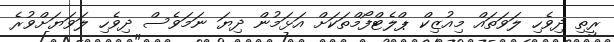
ރީތި ދިވެހި ލަވަތައް މިއުޒިކް ޕްލެޓްފޯމްތަކަށް އަޅަމުން ދިޔަ ނަމަވެސް ދިވެހި ލަވަޔަށްވުރެ